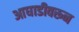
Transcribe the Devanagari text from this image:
आघाडीवरून